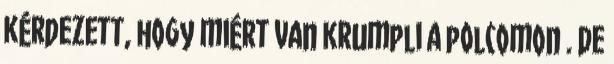
kérdezett, hogy miért van krumpli a polcomon . De